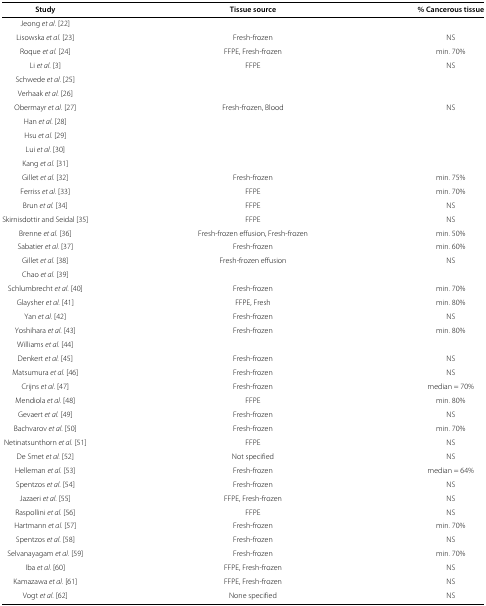
| Study | Tissue source | % Cancerous tissue |
 | --- | --- | --- |
 | Jeong et al. [22] |  |  |
 | Lisowska et al. [23] | Fresh-frozen | NS |
 | Roque et al. [24] | FFPE, Fresh-frozen | min. 70% |
 | Li et al. [3] | FFPE | NS |
 | Schwede et al. [25] |  |  |
 | Verhaak et al. [26] |  |  |
 | Obermayr et al. [27] | Fresh-frozen, Blood | NS |
 | Han et al. [28] |  |  |
 | Hsu et al. [29] |  |  |
 | Lui et al. [30] |  |  |
 | Kang et al. [31] |  |  |
 | Gillet et al. [32] | Fresh-frozen | min. 75% |
 | Ferriss et al. [33] | FFPE | min. 70% |
 | Brun et al. [34] | FFPE | NS |
 | Skirnisdottir and Seidal [35] | FFPE | NS |
 | Brenne et al. [36] | Fresh-frozen effusion, Fresh-frozen | min. 50% |
 | Sabatier et al. [37] | Fresh-frozen | min. 60% |
 | Gillet et al. [38] | Fresh-frozen effusion | NS |
 | Chao et al. [39] |  |  |
 | Schlumbrecht et al. [40] | Fresh-frozen | min. 70% |
 | Glaysher et al. [41] | FFPE, Fresh | min. 80% |
 | Yan et al. [42] | Fresh-frozen | NS |
 | Yoshihara et al. [43] | Fresh-frozen | min. 80% |
 | Williams et al. [44] |  |  |
 | Denkert et al. [45] | Fresh-frozen | NS |
 | Matsumura et al. [46] | Fresh-frozen | NS |
 | Crijns et al. [47] | Fresh-frozen | median = 70% |
 | Mendiola et al. [48] | FFPE | min. 80% |
 | Gevaert et al. [49] | Fresh-frozen | NS |
 | Bachvarov et al. [50] | Fresh-frozen | min. 70% |
 | Netinatsunthorn et al. [51] | FFPE | NS |
 | De Smet et al. [52] | Not specified | NS |
 | Helleman et al. [53] | Fresh-frozen | median = 64% |
 | Spentzos et al. [54] | Fresh-frozen | NS |
 | Jazaeri et al. [55] | FFPE, Fresh-frozen | NS |
 | Raspollini et al. [56] | FFPE | NS |
 | Hartmann et al. [57] | Fresh-frozen | min. 70% |
 | Spentzos et al. [58] | Fresh-frozen | NS |
 | Selvanayagam et al. [59] | Fresh-frozen | min. 70% |
 | Iba et al. [60] | FFPE, Fresh-frozen | NS |
 | Kamazawa et al. [61] | FFPE, Fresh-frozen | NS |
 | Vogt et al. [62] | None specified | NS |